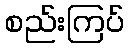
စည်းကြပ်